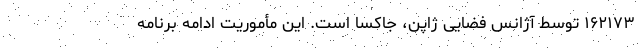
۱۶۲۱۷۳ توسط آژانس فضایی ژاپن، جاکسا است. این مأموریت ادامه برنامهٔ